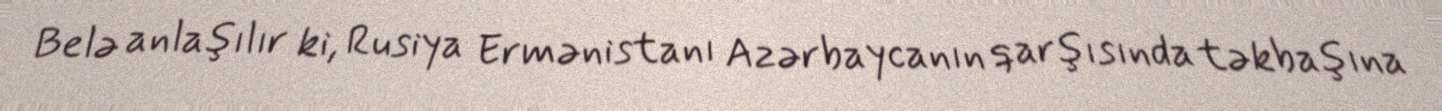
Belə anlaşılır ki, Rusiya Ermənistanı Azərbaycanın qarşısında təkbaşına